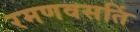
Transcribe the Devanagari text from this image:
रमणवसतिं